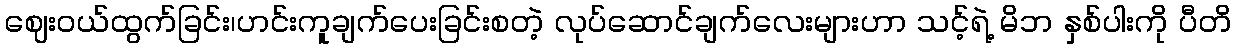
ဈေးဝယ်ထွက်ခြင်း၊ဟင်းကူချက်ပေးခြင်းစတဲ့ လုပ်ဆောင်ချက်လေးများဟာ သင့်ရဲ့ မိဘ နှစ်ပါးကို ပီတိ